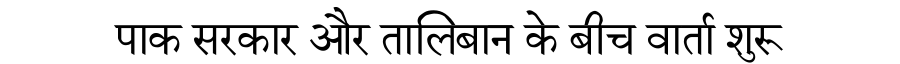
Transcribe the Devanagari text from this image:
पाक सरकार और तालिबान के बीच वार्ता शुरू